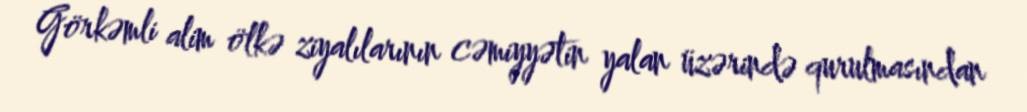
Görkəmli alim ölkə ziyalılarının cəmiyyətin yalan üzərində qurulmasından